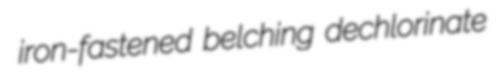
iron-fastened belching dechlorinate